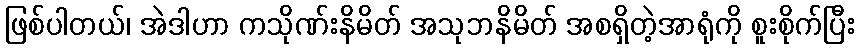
ဖြစ်ပါတယ်၊ အဲဒါဟာ ကသိုဏ်းနိမိတ် အသုဘနိမိတ် အစရှိတဲ့အာရုံကို စူးစိုက်ပြီး